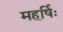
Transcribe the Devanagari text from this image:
महर्षिः